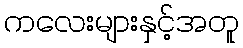
ကလေးများနှင့်အတူ